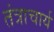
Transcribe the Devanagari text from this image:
तंत्राचार्य